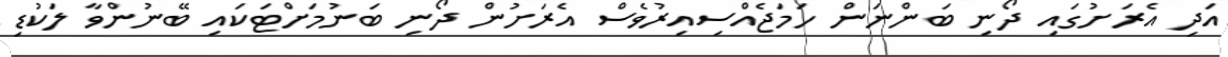
އަދި އެރަށުގައި ދޯނި ބަންނަން ހަމަޖެއްސިއިރުވެސް އެރަށުން ދޯޯނި ބަނުމަށްޓަކައި ބޭނުންވާ ލަކުޑި